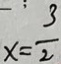
x = \frac { 3 } { 2 }